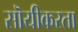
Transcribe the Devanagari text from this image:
सॊयीकरता